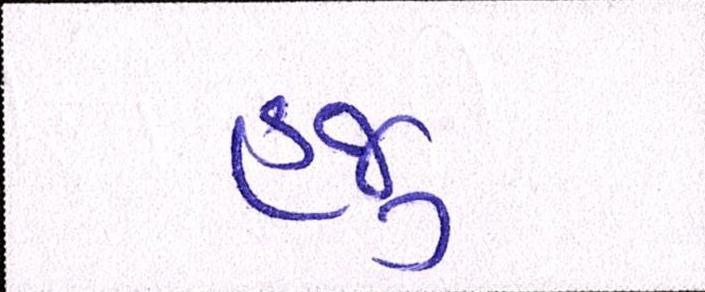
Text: હજુ